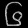
Digit: ၆